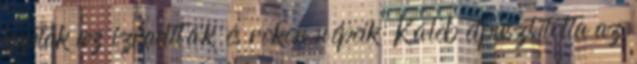
kaptak az izraeliták és rokon népeik: Káleb elpusztította az